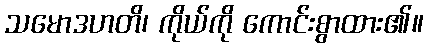
သမောဒဟတိ၊ ကိုယ်ကို ကောင်းစွာထား၏။